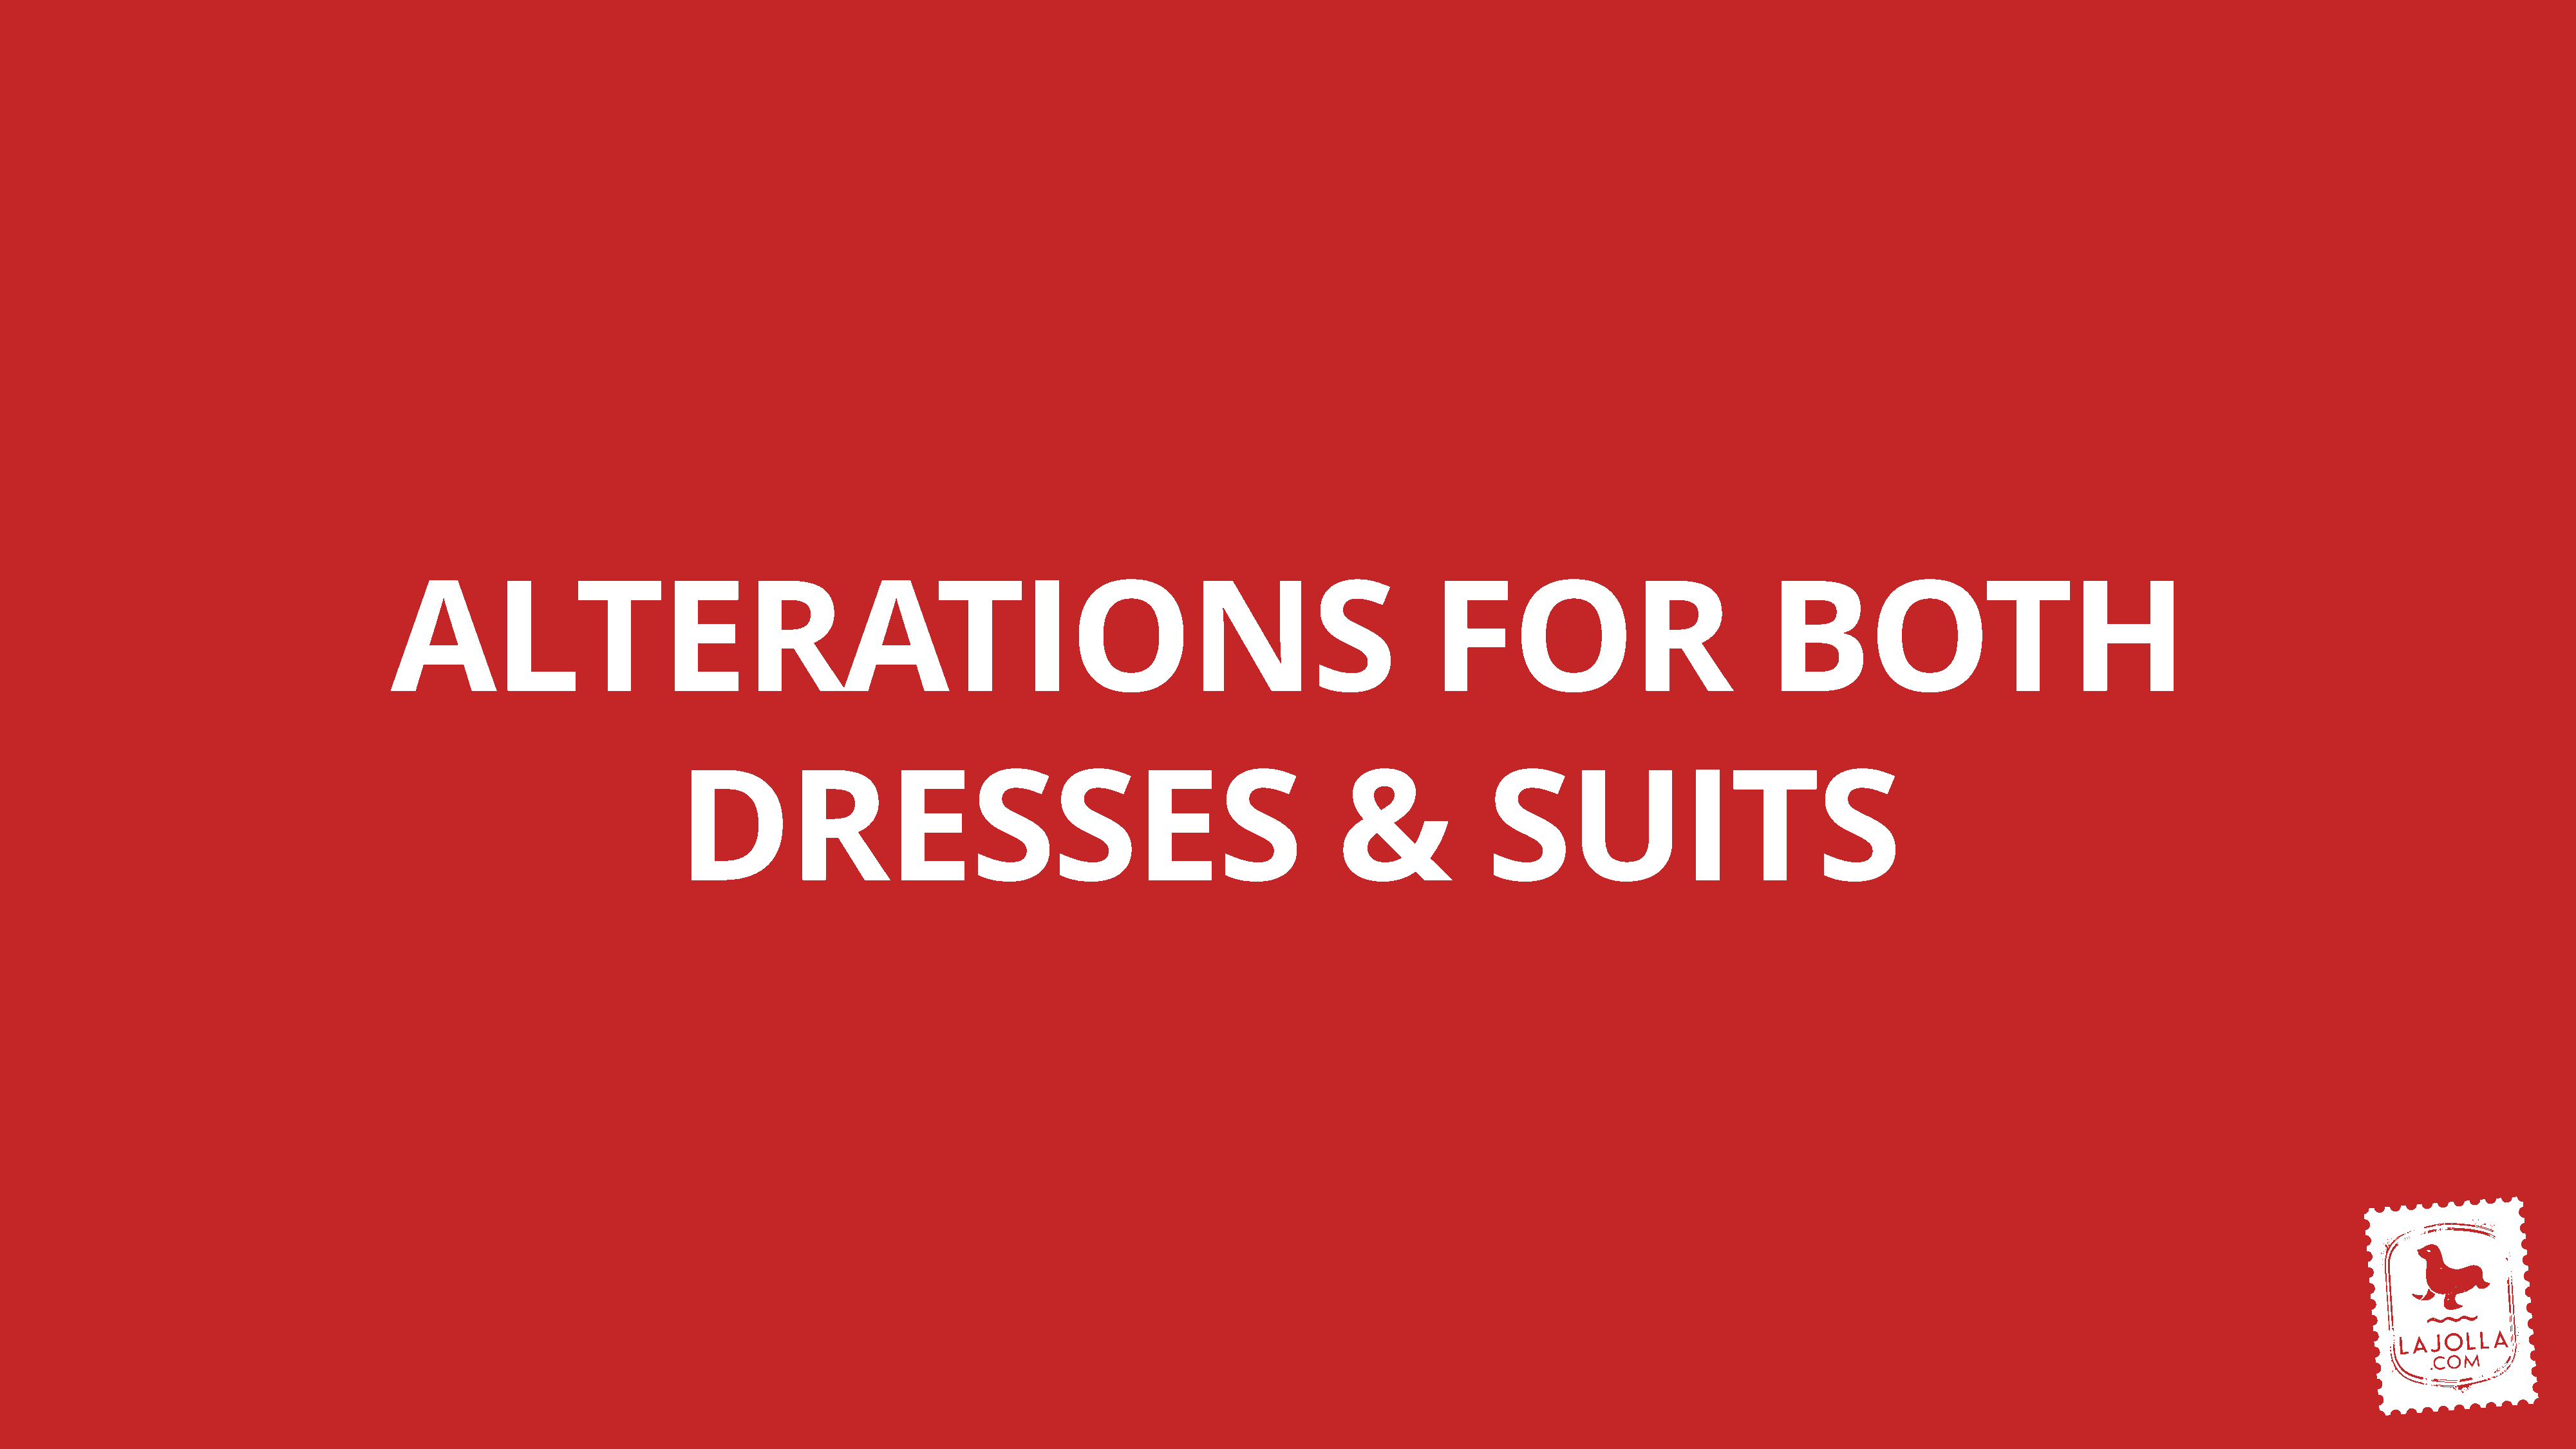
ALTERATIONS                                                                                                FOR                                BOTH
 DRESSES                                                            &               SUITS